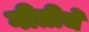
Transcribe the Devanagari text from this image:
गीतीचे